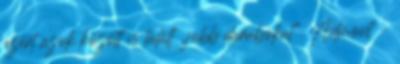
azért azok között is talált „jobb darabokat”. Admont –